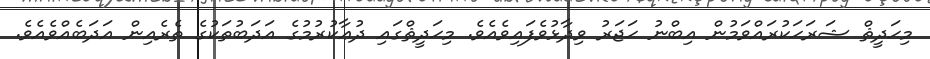
މިޙަދީޘް ޝަރަޙަކުރައްވަމުން އިބްނު ޙަޖަރު ވިދާޅުވެފައިވެއެވެ. މިޙަދީޘްގައި ދުޢާކުރުމުގެ އަދަބުތަކުގެ ތެރެއިން އަދަބެއްވެއެވެ.